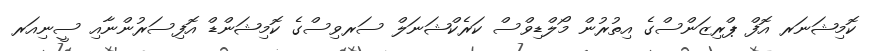
ކޮމިޝަނަރ އޮފް ޕްރިޒަންސްގެ އިތުރުން މޯލްޑިވްސް ކަރެކްޝަނަލް ސަރވިސްގެ ކޮމިޝަންޑް އޮފިސަރުންނާއި ސީނިއަރ